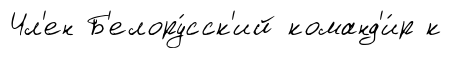
Чл'ен Б'елору́сск'ий команд'и́р к